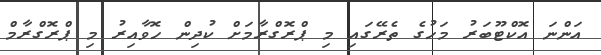
އަންނަ އޮކްޓޫބަރު މަހުގެ ތެރޭގައި މި ޕްރޮގްރާމަށް ކުދިން ހޮވާއިރު މި ޕްރޮގްރާމް